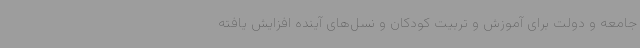
جامعه و دولت برای آموزش و تربیت کودکان و نسل‌های آینده افزایش یافته